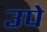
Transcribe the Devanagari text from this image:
उपे